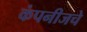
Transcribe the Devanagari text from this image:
कंपनीजचे